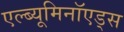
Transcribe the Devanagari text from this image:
एल्ब्यूमिनॉएड्स